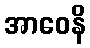
အာဝေနိ